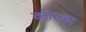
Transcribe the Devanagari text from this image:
कोन्का